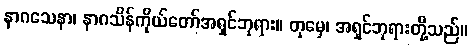
နာဂသေနာ၊ နာဂသိန်ကိုယ်တော်အရှင်ဘုရား။ တုမှေ၊ အရှင်ဘုရားတို့သည်။